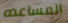
المساعده